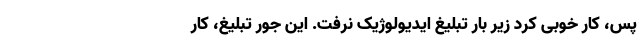
پس، کار خوبی کرد زیر بار تبلیغ ایدیولوژیک نرفت. این جور تبلیغ، کار